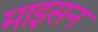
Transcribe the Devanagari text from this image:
माइसन